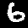
Digit: 6